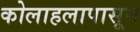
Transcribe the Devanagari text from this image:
कोलाहलापासून